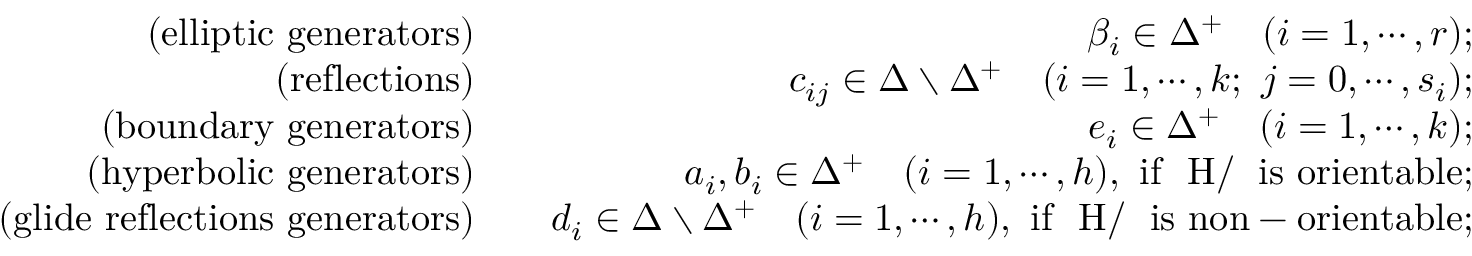
\begin{array} { r l r } { \mathrm { ( e l l i p t i c ~ g e n e r a t o r s ) } } & { } & { \beta _ { i } \in \Delta ^ { + } \quad ( i = 1 , \cdots , r ) ; } \\ { \mathrm { ( r e f l e c t i o n s ) } } & { } & { c _ { i j } \in \Delta \setminus \Delta ^ { + } \quad ( i = 1 , \cdots , k ; \ j = 0 , \cdots , s _ { i } ) ; } \\ { \mathrm { ( b o u n d a r y ~ g e n e r a t o r s ) } } & { } & { e _ { i } \in \Delta ^ { + } \quad ( i = 1 , \cdots , k ) ; } \\ { \mathrm { ( h y p e r b o l i c ~ g e n e r a t o r s ) } } & { } & { a _ { i } , b _ { i } \in \Delta ^ { + } \quad ( i = 1 , \cdots , h ) , \ \mathrm { i f ~ { \mathbb ~ H } / \Delta ~ i s ~ o r i e n t a b l e } ; } \\ { \mathrm { ( g l i d e ~ r e f l e c t i o n s ~ g e n e r a t o r s ) } } & { } & { d _ { i } \in \Delta \setminus \Delta ^ { + } \quad ( i = 1 , \cdots , h ) , \ \mathrm { i f ~ { \mathbb ~ H } / \Delta ~ i s ~ n o n - o r i e n t a b l e } ; } \end{array}